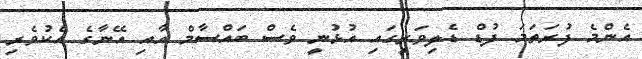
އެންމެ ފުރަތަމަ ފުޑް ޑެލިވަރީގައި އުޅުނީ ވެސް ބައްސާމް އާއި އޭނާގެ އެކުވެރި